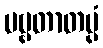
ပဗ္ဗတာတပ္ပံ